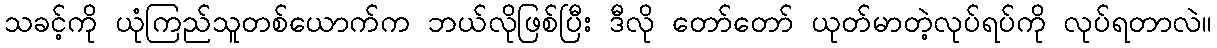
သခင့်ကို ယုံကြည်သူတစ်ယောက်က ဘယ်လိုဖြစ်ပြီး ဒီလို တော်တော် ယုတ်မာတဲ့လုပ်ရပ်ကို လုပ်ရတာလဲ။